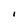
Character: I